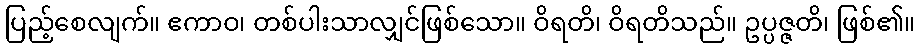
ပြည့်စေလျက်။ ဧကာဝ၊ တစ်ပါးသာလျှင်ဖြစ်သော။ ဝိရတိ၊ ဝိရတိသည်။ ဥပ္ပဇ္ဇတိ၊ ဖြစ်၏။